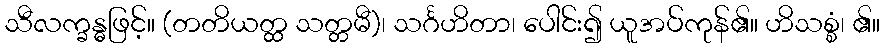
သီလက္ခန္ဓဖြင့်။ (တတိယတ္ထ သတ္တမီ)၊ သင်္ဂဟိတာ၊ ပေါင်း၍ ယူအပ်ကုန်၏။ ဟိသစ္စံ၊ ၏။